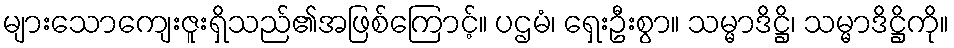
များသောကျေးဇူးရှိသည်၏အဖြစ်ကြောင့်။ ပဌမံ၊ ရှေးဦးစွာ။ သမ္မာဒိဋ္ဌိ၊ သမ္မာဒိဋ္ဌိကို။